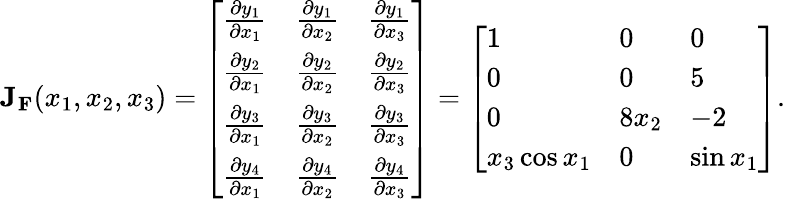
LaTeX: \mathbf{J}_{\mathbf{F}}(x_{1},x_{2},x_{3})={\left[\begin{array}{lll}{{\frac{\partial y_{1}}{\partial x_{1}}}}&{{\frac{\partial y_{1}}{\partial x_{2}}}}&{{\frac{\partial y_{1}}{\partial x_{3}}}}\\ {{\frac{\partial y_{2}}{\partial x_{1}}}}&{{\frac{\partial y_{2}}{\partial x_{2}}}}&{{\frac{\partial y_{2}}{\partial x_{3}}}}\\ {{\frac{\partial y_{3}}{\partial x_{1}}}}&{{\frac{\partial y_{3}}{\partial x_{2}}}}&{{\frac{\partial y_{3}}{\partial x_{3}}}}\\ {{\frac{\partial y_{4}}{\partial x_{1}}}}&{{\frac{\partial y_{4}}{\partial x_{2}}}}&{{\frac{\partial y_{4}}{\partial x_{3}}}}\end{array}\right]}={\left[\begin{array}{lll}{1}&{0}&{0}\\ {0}&{0}&{5}\\ {0}&{8x_{2}}&{-2}\\ {x_{3}\cos x_{1}}&{0}&{\sin x_{1}}\end{array}\right]}.